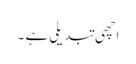
اچھی تبدیلی ہے ۔